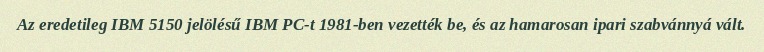
Az eredetileg IBM 5150 jelölésű IBM PC-t 1981-ben vezették be, és az hamarosan ipari szabvánnyá vált.